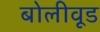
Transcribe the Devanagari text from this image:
बोलीवूड